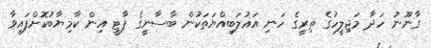
ގާނޫނު ހަދާ މަޖިލީހުގެ ތިރީގެ ހަނި އަޣުލަބިއްޔަތަކުން ބާސާނީގެ ޕާޓީ އިން ކާމިޔާބުކޮށްފައިވާ